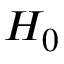
H _ { 0 }